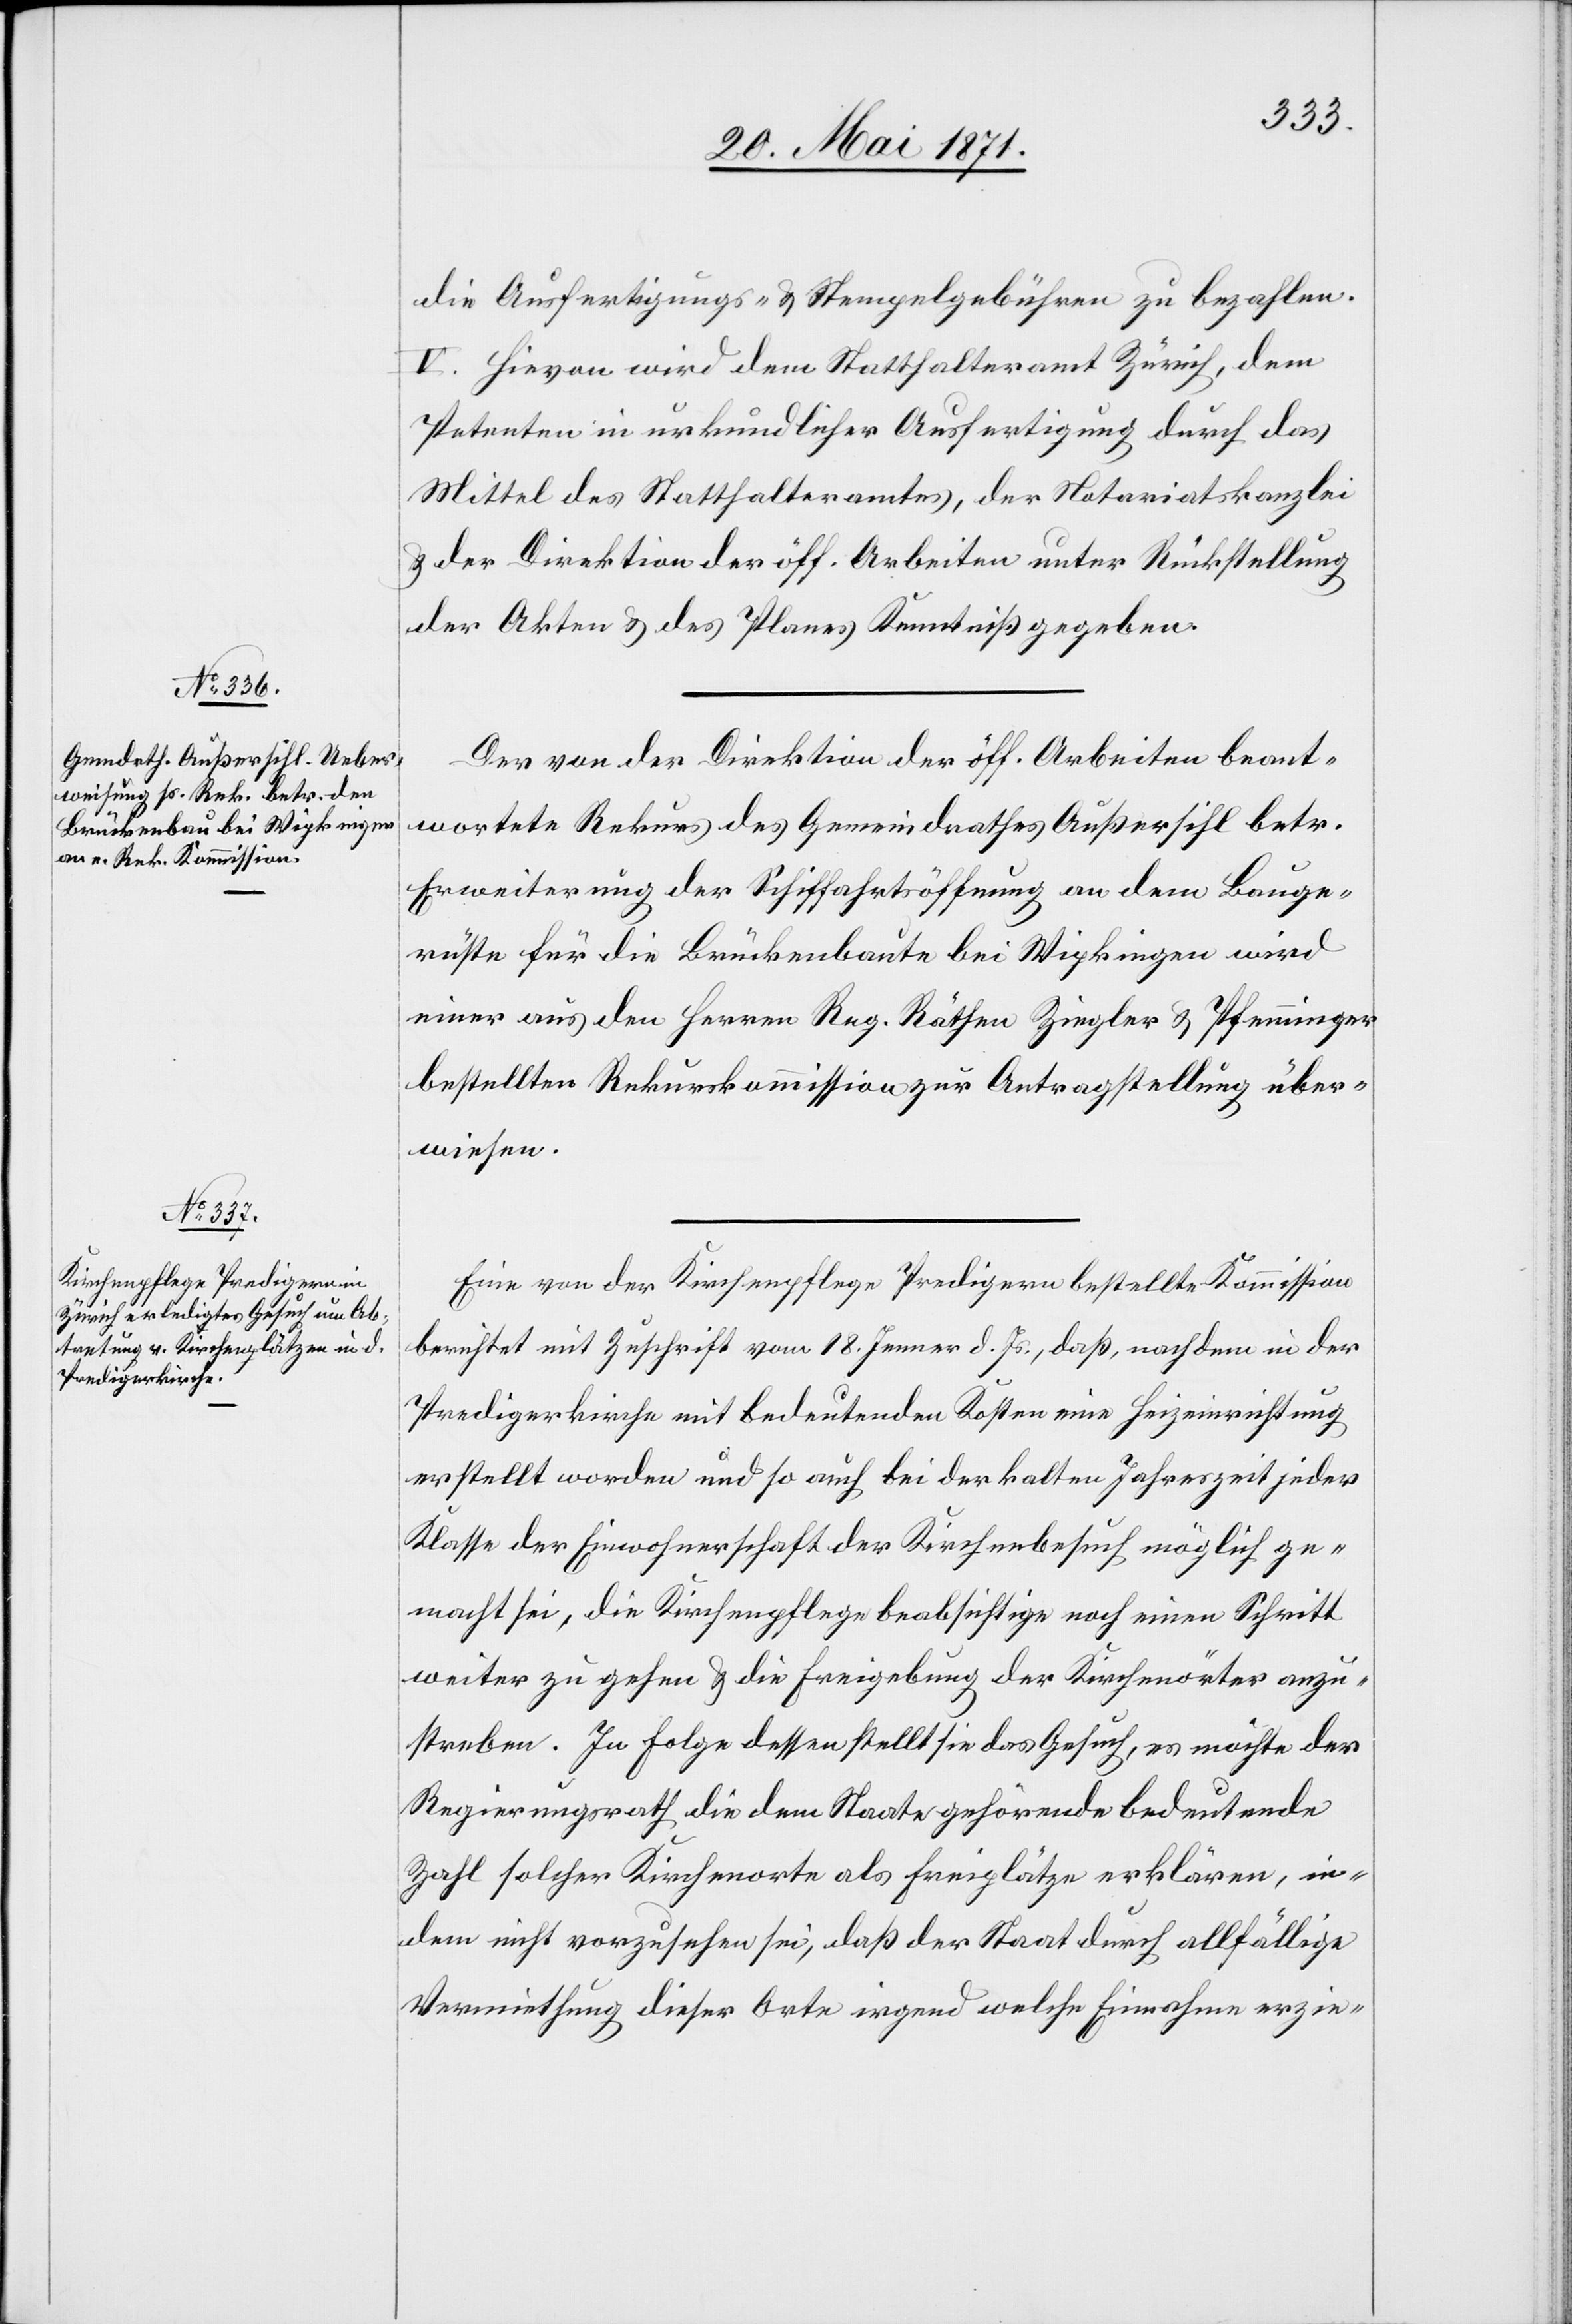
die Ausfertigungs- u. Stempelgebühren zu bezahlen.
V. Hievon wird dem Statthalteramt Zürich, dem
Petenten in urkundlicher Ausfertigung durch das
Mittel des Statthalteramtes, der Notariatskanzlei
u. der Direktion der öff. Arbeiten unter Rückstellung
der Akten u. des Planes Kenntniß gegeben.
Der von der Direktion der öff. Arbeiten beant¬
wortete Rekurs des Gemeindrathes Außersihl betr.
Erweiterung der Schiffahrtsöffnung an dem Bauge¬
rüste für die Brückenbaute bei Wipkingen wird
einer aus den Herren Reg. Räthen Ziegler u. Pfenninger
bestellten Rekurskommission zur Antragstellung über¬
wiesen.
Eine von der Kirchenpflege Predigern bestellte Kommission
berichtet mit Zuschrift vom 18. Jenner d. Js., daß, nachdem in der
Predigerkirche mit bedeutenden Kosten eine Heizeinrichtung
erstellt worden und so auch bei der kalten Jahreszeit jeder
Klasse der Einwohnerschaft der Kirchenbesuch möglich ge¬
macht sei, die Kirchenpflege beabsichtige noch einen Schritt
weiter zu gehen u. Freigebung der Kirchenörter anzu¬
streben. In Folge dessen stellt sie das Gesuch, es möchte der
Regierungsrath die dem Staate gehörende bedeutende
Zahl solcher Kirchenorte als Freiplätze erklären, in¬
dem nicht vorzusehen sei, daß der Staat durch allfällige
Vermiethung dieser Orte irgend welche Einnahmen erzie-